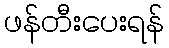
ဖန်တီးပေးရန်